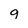
Character: 9